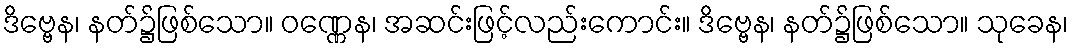
ဒိဗ္ဗေန၊ နတ်၌ဖြစ်သော။ ဝဏ္ဏေန၊ အဆင်းဖြင့်လည်းကောင်း။ ဒိဗ္ဗေန၊ နတ်၌ဖြစ်သော။ သုခေန၊